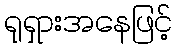
ရုရှားအနေဖြင့်